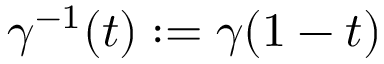
\gamma ^ { - 1 } ( t ) : = \gamma ( 1 - t )